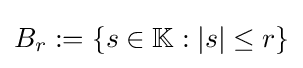
{\textstyle B_{r}:=\{s\in \mathbb {K} :|s|\leq r\}}